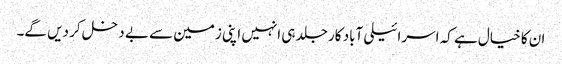
ان کا خیال ہے کہ اسرائیلی آباد کار جلد ہی انہیں اپنی زمین سے بے دخل کر دیں گے۔